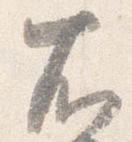
右